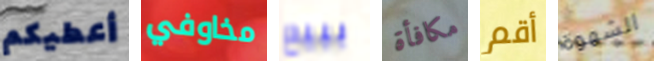
أعطيكم مخاوفي ببيع مكافأة أقم الشهوة